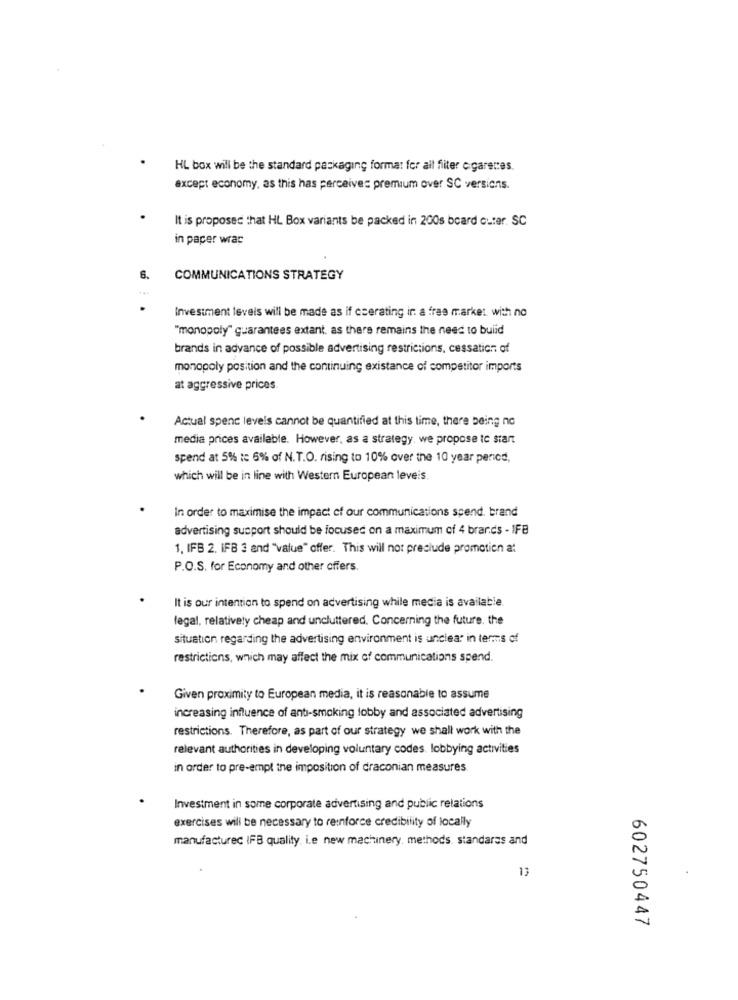
HL box will be the standard packaging format for all fliter cigarettes.
except economy, as this has perceive: premium over SC versions.
It is proposed that HL Box variants be packed in 200s board outer. SC
in paper wrac
6.
COMMUNICATIONS STRATEGY
Investment levels will be made as if cserating ir a free market with no
"monopoly" guarantees extant, as there remains the need to build
brands in advance of possible advertising restrictions, cessation of
monopoly position and the continuing existance of competitor imports
at aggressive prices.
Actual spenc levels cannot be quantified at this time, there being no
media prices available. However, as a strategy. we propose to start
spend at 5% :c 6% of N.T.O. rising to 10% over the 10 year period,
which will be in line with Western European leveis.
In order to maximise the impact of our communications spend. brand
advertising susport should be focused on a maximum of 4 brands - IFB
1. IFB 2. IFB 3 and "Value" offer. This will not preclude promotion a:
P.O.S. for Economy and other offers.
It is our intention to spend on advertising while media is available
legal, relatively cheap and uncluttered. Concerning the future. the
situation regarding the advertising environment is unclear in terms of
restrictions, which may affect the mix of communications spend.
Given proximity to European media, it is reasonable to assume
increasing influence of anti-smoking lobby and associated advertising
restrictions. Therefore, as part of our strategy we shall work with the
relevant authorities in developing voluntary codes. lobbying activities
in order to pre-empt tne imposition of draconian measures
Investment in some corporate advertising and public relations
exercises will be necessary to reinforce credibility of locally
manufacturec IFB quality, i.e new machinery, methods. standards and
13
602750447